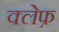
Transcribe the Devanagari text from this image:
क्लेफ़